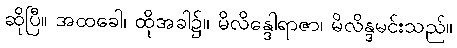
ဆိုပြီ။ အထခေါ၊ ထိုအခါ၌။ မိလိန္ဒေါရာဇာ၊ မိလိန္ဒမင်းသည်။